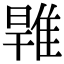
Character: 𨿑